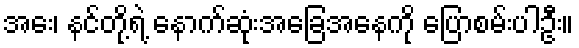
အေး၊ နင်တို့ရဲ့ နောက်ဆုံးအခြေအနေကို ပြောစမ်းပါဦး။